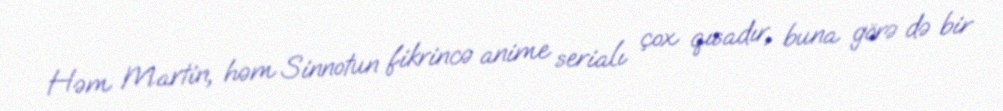
Həm Martin, həm Sinnotun fikrincə anime serialı çox qısadır, buna görə də bir